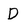
Character: d